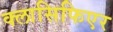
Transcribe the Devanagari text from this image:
क्लासिफिएर